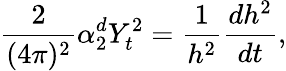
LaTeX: \frac{2}{(4\pi)^{2}}\alpha_{2}^{d}Y_{t}^{2}=\frac{1}{h^{2}}\frac{dh^{2}}{dt},